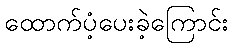
ထောက်ပံ့ပေးခဲ့ကြောင်း